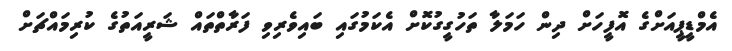
އެމްޑީޕީއަށްގެ އޮފީހަށް ދިން ހަމަލާ ތަހުގީގުކޮށް އެކަމުގައި ބައިވެރިވި ފަރާތްތައް ޝަރީއަތުގެ ކުރިމައްޗަށް